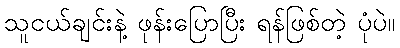
သူငယ်ချင်းနဲ့ ဖုန်းပြောပြီး ရန်ဖြစ်တဲ့ ပုံပဲ။